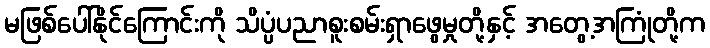
မဖြစ်ပေါ်နိုင်ကြောင်းကို သိပ္ပံပညာစူးစမ်းရှာဖွေမှုတို့နှင့် အတွေ့အကြုံတို့က